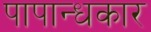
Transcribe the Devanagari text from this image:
पापान्धकार